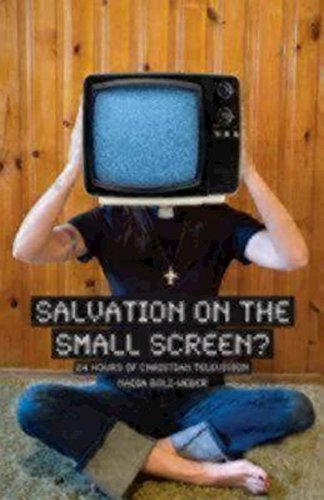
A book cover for Salvation on the Small Screen? 24 Hours of Christian Television; Nadia Bolz-Weber; Humor & Entertainment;